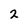
Character: 2